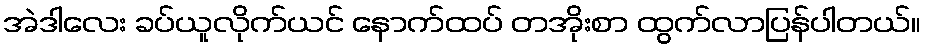
အဲဒါလေး ခပ်ယူလိုက်ယင် နောက်ထပ် တအိုးစာ ထွက်လာပြန်ပါတယ်။